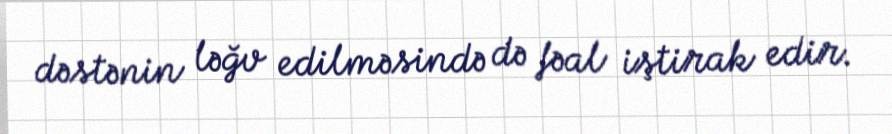
dəstənin ləğv edilməsində də fəal iştirak edir.